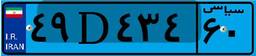
۴۹D۴۳۴۶۰